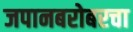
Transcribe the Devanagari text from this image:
जपानबरोबरचा